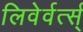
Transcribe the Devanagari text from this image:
लिवेर्वर्त्स्